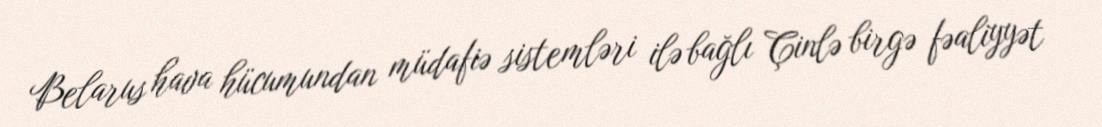
Belarus hava hücumundan müdafiə sistemləri ilə bağlı Çinlə birgə fəaliyyət